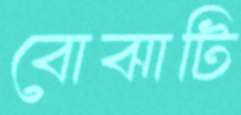
বোঝাটি